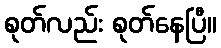
စုတ်လည်း စုတ်နေပြီ။